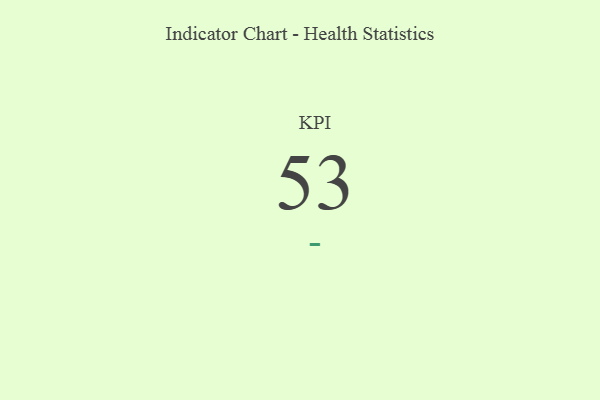
{"axis": {"x": "KPI", "y": "Value"}, "legend": [""], "data": [{"x": "KPI", "y": 53, "type": ""}]}